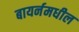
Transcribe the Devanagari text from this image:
बायर्नमधील